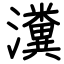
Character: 瀵